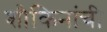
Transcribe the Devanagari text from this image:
शौकिनांची